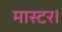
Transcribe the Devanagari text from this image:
मास्‍टर।